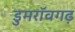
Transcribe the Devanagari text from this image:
डुमरॉवगढ़